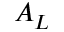
A _ { L }